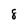
Character: 8